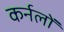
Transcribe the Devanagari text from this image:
कर्नलों